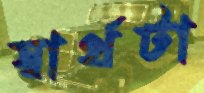
স্বার্থটা